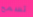
تسمح